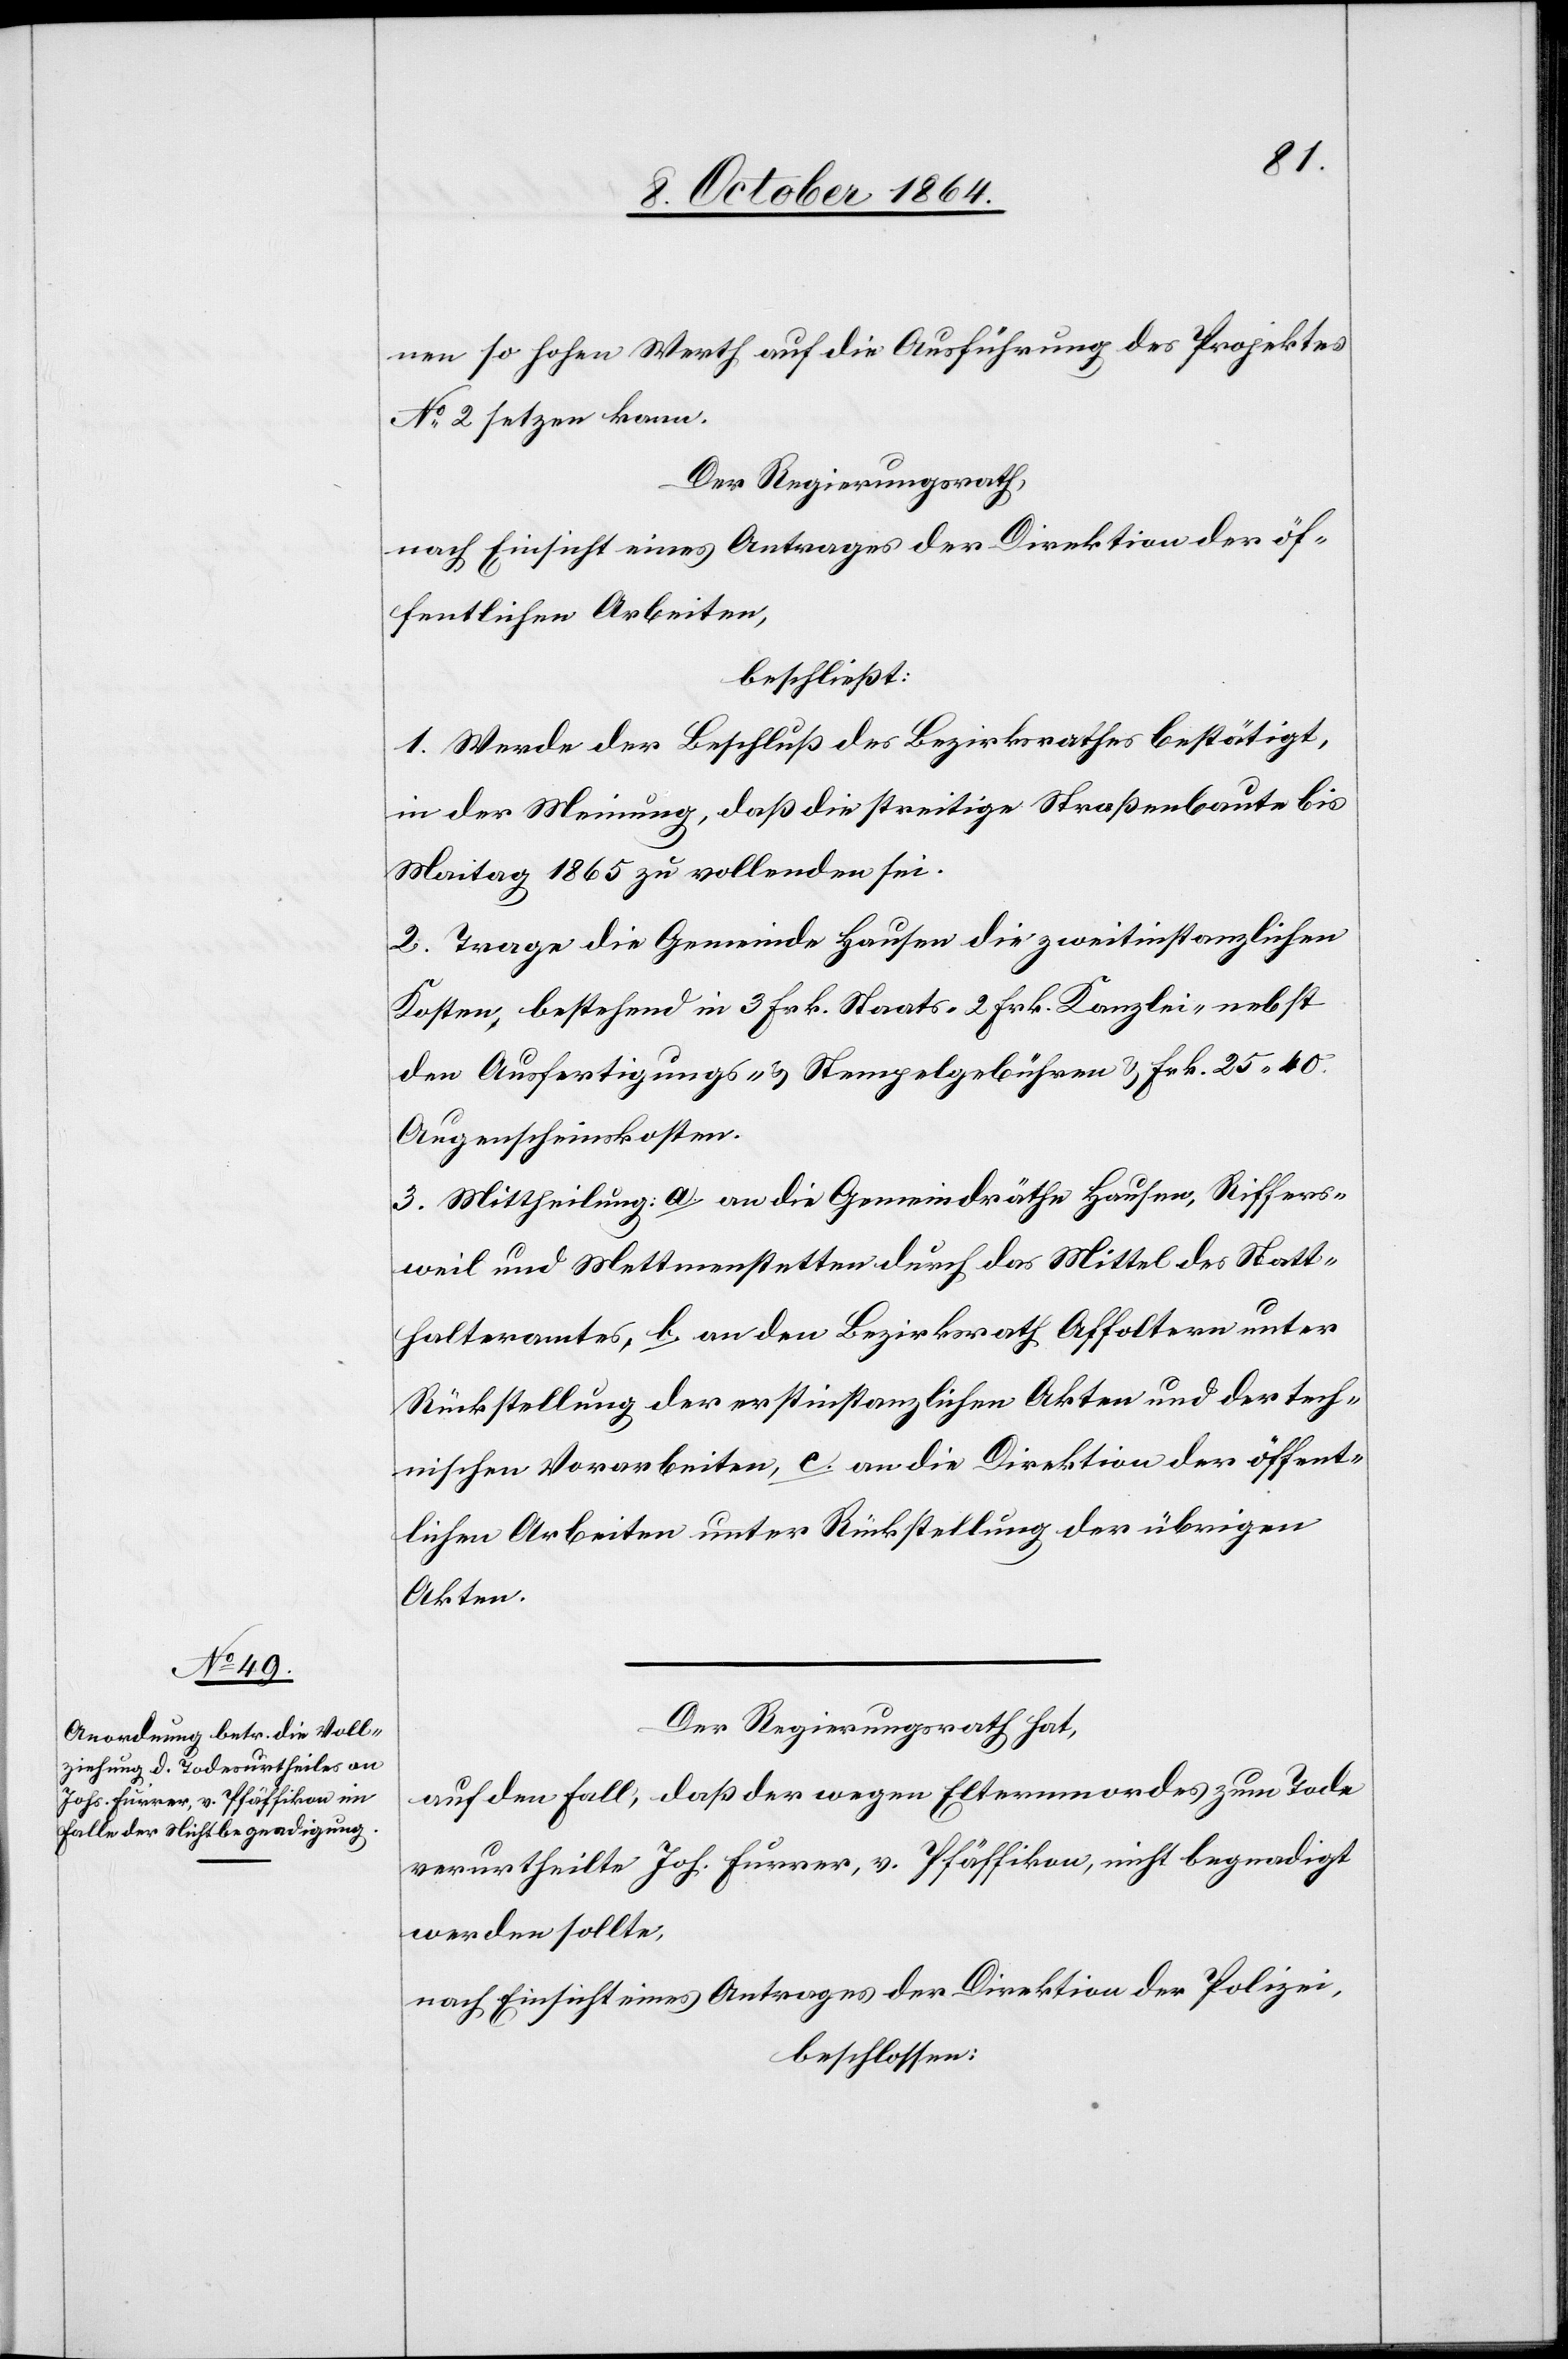
nen solchen Werth auf die Ausführung des Projektes
No 2 setzen kann.
Der Regierungsrath
nach Einsicht eines Antrages der Direktion der öf¬
fentlichen Arbeiten,
beschließt:
1. Werde der Beschluß des Bezirksrathes bestätigt,
in der Meinung, daß die streitige Straßenbaute bis
Martini 1865 zu vollenden sei.
2. Trage die Gemeinde Hausen die zweitinstanzlichen
Kosten, bestehend in 3 Frk. Staats-[,] 2 Frk. Kanzlei- nebst
den Ausfertigungs- & Stempelgebühren & Frk. 25 40.
Augenscheinskosten.
3. Mittheilung: a. an die Gemeindräthe Hausen, Riffers¬
weil und Mettmenstetten durch das Mittel des Statt¬
halteramtes, b. an den Bezirksrath Affoltern unter
Rückstellung der erstinstanzlichen Akten und der tech¬
nischen Vorarbeiten, c. an die Direktion der öffent¬
lichen Arbeiten unter Rückstellung der übrigen
Akten.
Der Regierungsrath hat,
auf den Fall, daß der wegen Elternmordes zum Tode
verurtheilte Joh. Furrer, v. Pfäffikon, nicht begnadigt
werden sollte,
nach Einsicht eines Antrages der Direktion der Polizei,
beschlossen: